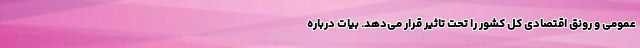
عمومی و رونق اقتصادی کل کشور را تحت تاثیر قرار می‌دهد. بیات درباره